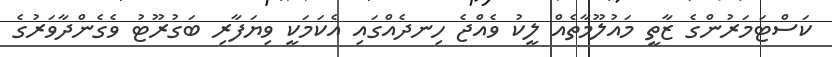
ކަސްޓަމަރުންގެ ޒާތީ މައުލޫމާތެއް ލީކު ވެއްޖެ ހިނދެއްގައި އެކަމަކީ ވިޔަފާރި ބަގުރޫޓު ވެގެންދާވަރުގެ